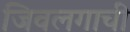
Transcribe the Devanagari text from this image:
जिवलगाची